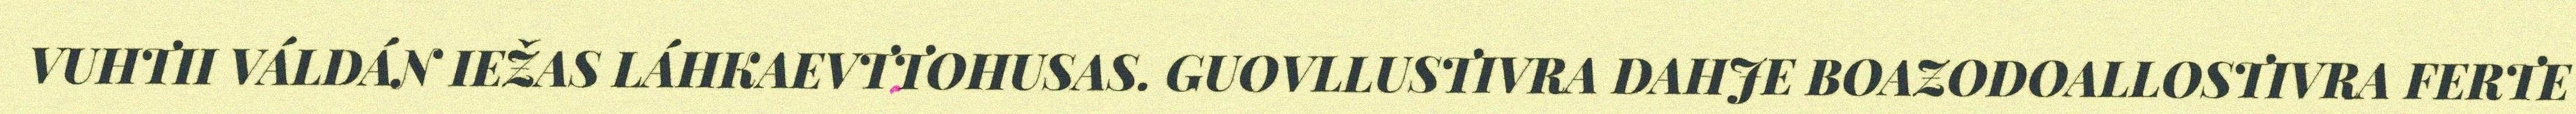
VUHTII VÁLDÁN IEŽAS LÁHKAEVTTOHUSAS. GUOVLLUSTIVRA DAHJE BOAZODOALLOSTIVRA FERTE